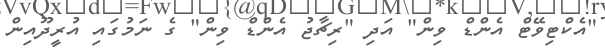
"އެކްޓިވޭޓް އެންޑް ވިން" އަދި "ރިޗާޖު އެންޑް ވިން" ގެ ނަމުގައި އުރީދޫއިން